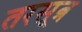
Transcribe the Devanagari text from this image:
तरसूत्र